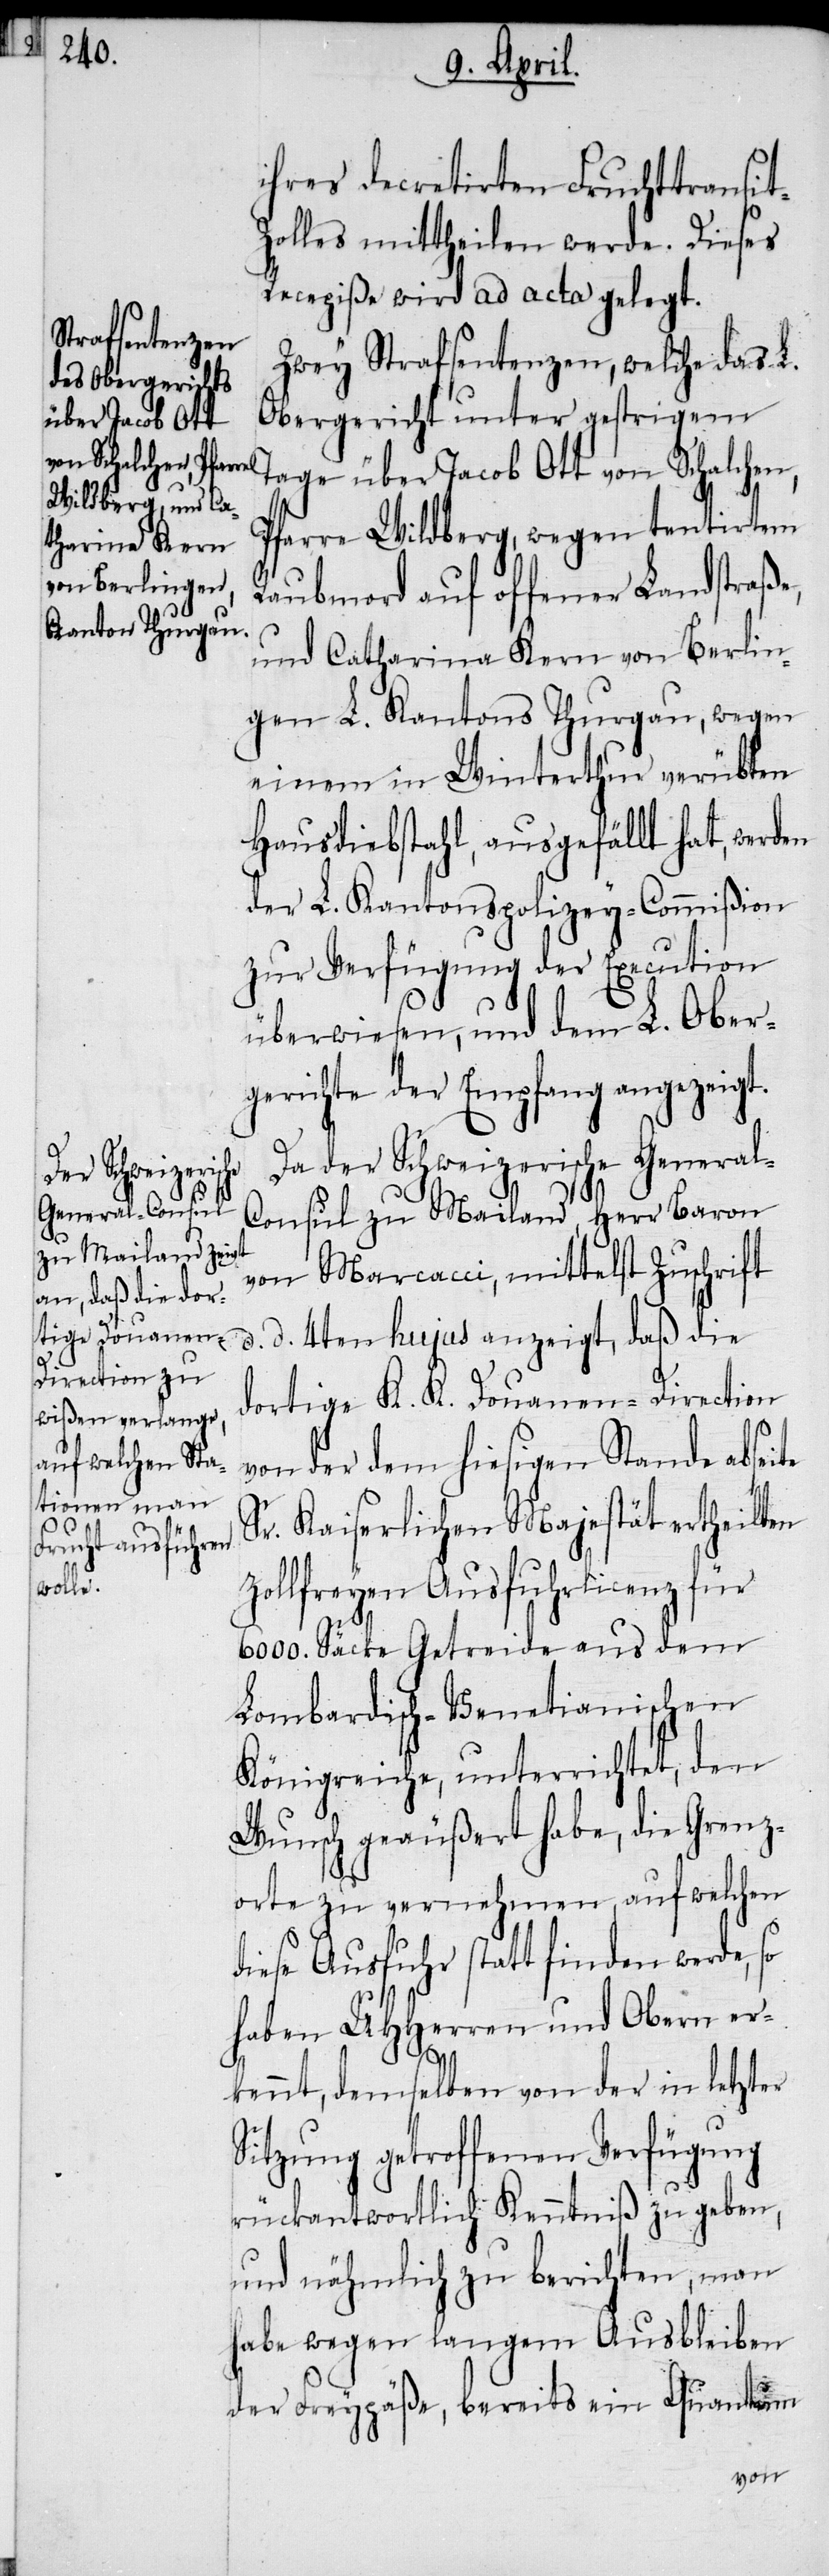
ihres decretirten Fruchttransit-Z¬
olles mittheilen werde. Dieses
Recepiße wird ad acta gelegt.
Zwey Strafsentenzen, welche das L.
Obergericht unter gestrigem
Tage über Jacob Ott von Schalchen,
Pfarre Wildberg, wegen tentirtem
Raubmord auf offener Landstraße,
und Catharina Kern von Berlin¬
gen L. Kantons Thurgau, wegen
einem in Winterthur verübten
Hausdiebstahl, ausgefällt hat, werden
der L. Kantonspolizey-Commißion
zur Verfügung der Execution
überwiesen, und dem L. Ober¬
gerichte der Empfang angezeigt.
Da der Schweizerische Genera¬
l-Consul zu Mailand, Herr Baron
von Marcacci, mittelst Zuschrift
d. d. 4ten hujus anzeigt, daß die
dortige K. K. Douanen-Direction
von der dem hiesigen Stande abseite
Sr. Kaiserlichen Majestät ertheilten
zollfreyen Ausfuhrlicenz für
6000. Säcke Getreide aus dem
Lombardisch-Venetianischen
Königreiche, unterrichtet, den
Wunsch geäußert habe, die Grenz¬
orte zu vernehmen, auf welchen
diese Ausfuhr statt finden werde, so
haben UHHerren und Obern er¬
kennt, demselben von der in letzter
Sitzung getroffenen Verfügung
rückantwortlich Kenntniß zu geben,
und nähmlich zu berichten, man
habe wegen langem Ausbleiben
der Freypäße, bereits ein Quantum